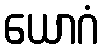
ယောဂံ